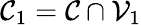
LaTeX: \mathcal{C}_{1}=\mathcal{C}\cap\mathcal{V}_{1}